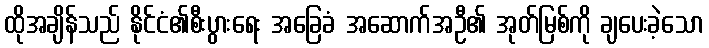
ထိုအချိန်သည် နိုင်ငံ၏စီးပွားရေး အခြေခံ အဆောက်အဦ၏ အုတ်မြစ်ကို ချပေးခဲ့သော